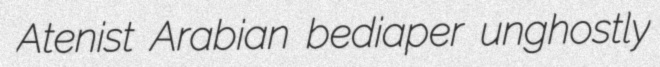
Atenist Arabian bediaper unghostly